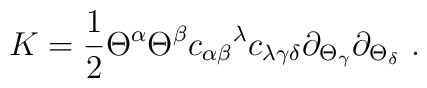
K = {1\over 2} \Theta^\alpha \Theta^\beta{c_{\alpha\beta}}^\lambda c_{\lambda\gamma\delta}\partial_{\Theta_\gamma} \partial_{\Theta_\delta}\ .